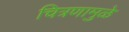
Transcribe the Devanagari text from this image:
चित्रणामुळे